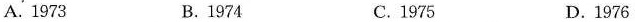
A. 1973 B.1974 C. 1975 D.1976